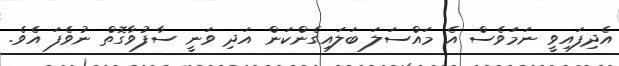
އެދިފައިވީ ނަމަވެސް އެ މައްސަލަ ބަލައިގެންކަން އަދި ވަނީ ސާފުވާގޮތް ނުވެފަ އެވެ.